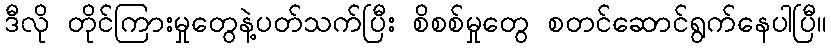
ဒီလို တိုင်ကြားမှုတွေနဲ့ပတ်သက်ပြီး စိစစ်မှုတွေ စတင်ဆောင်ရွက်နေပါပြီ။